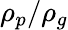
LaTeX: \rho_{p}/\rho_{g}